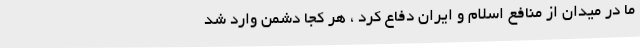
ما در میدان از منافع اسلام و ایران دفاع کرد ، هر کجا دشمن وارد شد